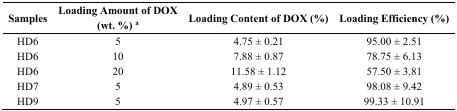
<table><thead><tr><td><b>Samples</b></td><td><b>Loading Amount of DOX (wt. %) <sup>a</sup></b></td><td><b>Loading Content of DOX (%)</b></td><td><b>Loading Efficiency (%)</b></td></tr></thead><tbody><tr><td>HD6</td><td>5</td><td>4.75 ± 0.21</td><td>95.00 ± 2.51</td></tr><tr><td>HD6</td><td>10</td><td>7.88 ± 0.87</td><td>78.75 ± 6.13</td></tr><tr><td>HD6</td><td>20</td><td>11.58 ± 1.12</td><td>57.50 ± 3.81</td></tr><tr><td>HD7</td><td>5</td><td>4.89 ± 0.53</td><td>98.08 ± 9.42</td></tr><tr><td>HD9</td><td>5</td><td>4.97 ± 0.57</td><td>99.33 ± 10.91</td></tr></tbody></table>